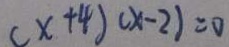
( x + 4 ) ( x - 2 ) = 0